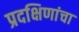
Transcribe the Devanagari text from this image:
प्रदक्षिणांचा